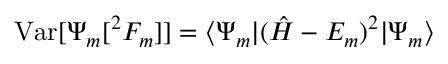
\mathrm { V a r } [ \Psi _ { m } [ ^ { 2 } F _ { m } ] ] = \langle \Psi _ { m } | ( { \hat { H } } - E _ { m } ) ^ { 2 } | \Psi _ { m } \rangle